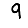
Digit: 9